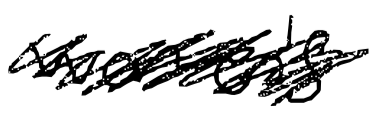
Text: women's
Cross-out: scratch
Writing tool: digital_black